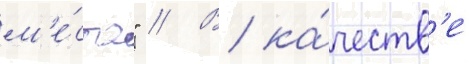
м'е́ста" // В ка́честв'е